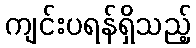
ကျင်းပရန်ရှိသည့်